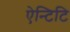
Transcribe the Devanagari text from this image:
ऐन्टिटि